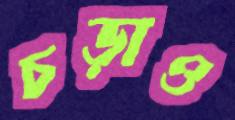
চড়াও